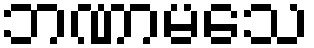
ဘဏာမသေ